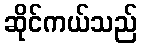
ဆိုင်ကယ်သည်